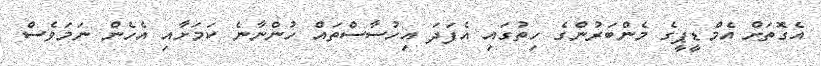
އެގޮތަށް އެމްޑީޕީގެ މެންބަރުންގެ ހިތުގައި އެފަދަ އިހުސާސްތައް ހުންނާނެ ކަމަށާއި އެހެން ނަމަވެސް